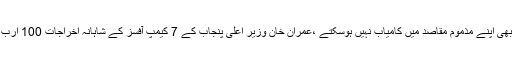
قطر:مواصلات نے الغنیم میں پہلی ٹرانسپورٹ الیکٹرونک کارڈ مشین نصب کر دی دہشت گرد کبھی بھی اپنے مذموم مقاصد میں کامیاب نہیں ہوسکتے ،عمران خان وزیر اعلیٰ پنجاب کے 7 کیمپ آفسز کے شاہانہ اخراجات 100 ارب روپے سے تجاوز کر گئے وزیر اعظم نواز شریف نے ڈیوس میں کسی اجلاس میں شرکت نہیں کی ۔